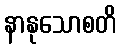
နာနုသောစတိ